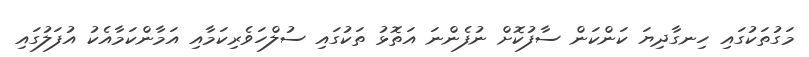
މަގުތަކުގައި ހިނގާދިޔަ ކަންކަން ސާފުކޮށް ނުފެންނަ އަތޮޅު ތަކުގައި ސުލްހަވެރިކަމާއި އަމާންކަމާއެކު އުފަލުގައި